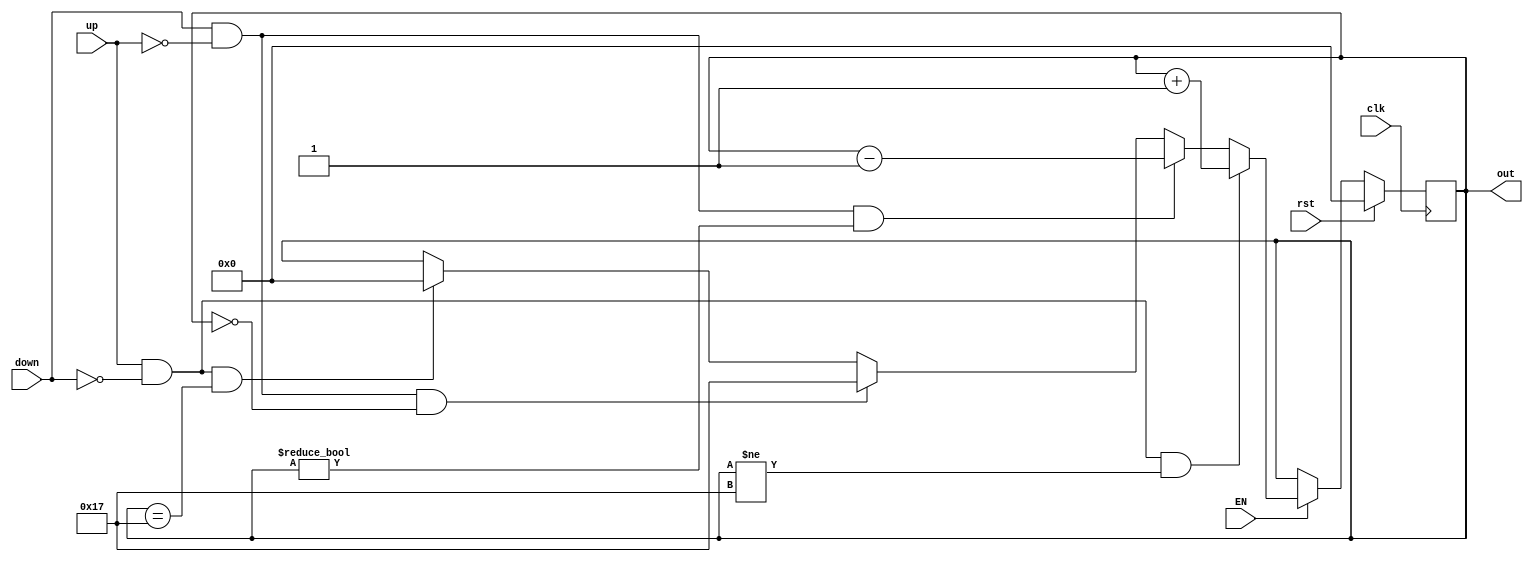
`timescale 1ns / 1ps

module Contador_0_23_2(
    input clk,
	 input EN,
    input up,
    input down,
    input rst,
    output reg [4:0] out
    );


always@(posedge clk) begin

	if(rst)begin
		out<=0; end
	else if(EN) begin
	if(up & down==0 & out!=5'd23)begin
		out<=out+5'd1; end
	else if(down & up==0 & out!=5'd0)begin
		out<=out-5'd1; end
	else if(down & up==0 & out==5'd0)begin
		out<=5'd23; end
	else if(up & down==0 & out==5'd23)begin
		out<=5'd0; end
	end
	end
endmodule